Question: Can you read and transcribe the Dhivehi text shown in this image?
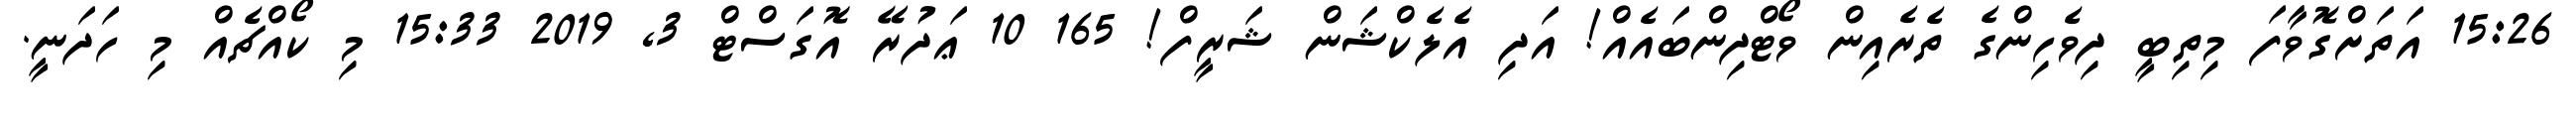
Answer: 15:26 އަތަށްގޮވާފަ މިތިބީ ދިވެހިންގެ ތެރެއިން ވޯޓްދިންބައެއް! އަދި އެލެކްޝަން ޝަރީފް! 165 10 ޢަދުރޭ އޮގަސްޓް 3, 2019 15:33 މި ކޯއްޗެއް މި ހަދަނީ.